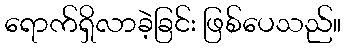
ရောက်ရှိလာခဲ့ခြင်း ဖြစ်ပေသည်။